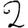
Digit: 2